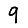
Digit: 9